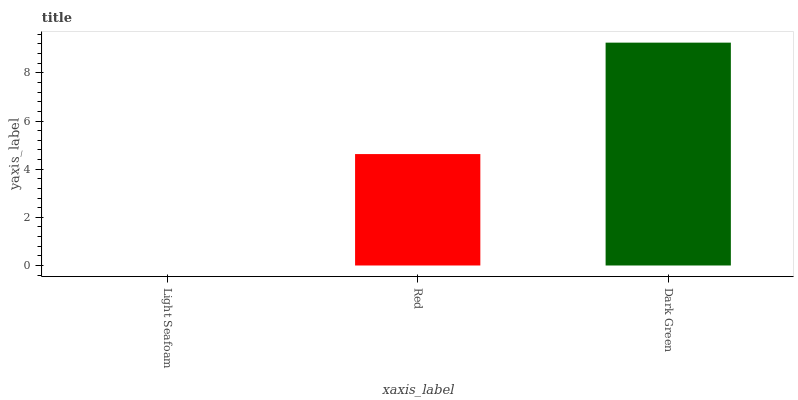
| xaxis_label | bars |
 | --- | --- |
 | Light Seafoam | 0 |
 | Red | 4.63 |
 | Dark Green | 9.25 |